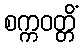
စက္ကဝတ္တိံ